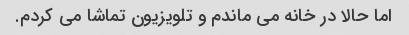
اما حالا در خانه می ماندم و تلویزیون تماشا می کردم.